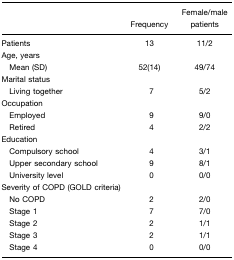
<table><thead><tr><td></td><td><b>Frequency</b></td><td><b>Female/male patients</b></td></tr></thead><tbody><tr><td>Patients</td><td>13</td><td>11/2</td></tr><tr><td>Age, years</td><td></td><td></td></tr><tr><td> Mean (SD)</td><td>52(14)</td><td>49/74</td></tr><tr><td>Marital status</td><td></td><td></td></tr><tr><td> Living together</td><td>7</td><td>5/2</td></tr><tr><td>Occupation</td><td></td><td></td></tr><tr><td> Employed</td><td>9</td><td>9/0</td></tr><tr><td> Retired</td><td>4</td><td>2/2</td></tr><tr><td>Education</td><td></td><td></td></tr><tr><td> Compulsory school</td><td>4</td><td>3/1</td></tr><tr><td> Upper secondary school</td><td>9</td><td>8/1</td></tr><tr><td> University level</td><td>0</td><td>0/0</td></tr><tr><td>Severity of COPD (GOLD criteria)</td><td></td><td></td></tr><tr><td> No COPD</td><td>2</td><td>2/0</td></tr><tr><td> Stage 1</td><td>7</td><td>7/0</td></tr><tr><td> Stage 2</td><td>2</td><td>1/1</td></tr><tr><td> Stage 3</td><td>2</td><td>1/1</td></tr><tr><td> Stage 4</td><td>0</td><td>0/0</td></tr></tbody></table>